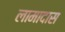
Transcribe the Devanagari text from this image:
लामादास